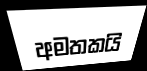
අමතකයි